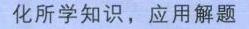
化所学知识，应用解题